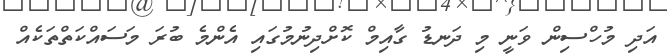
އަދި މުހްސިން ވަނީ މި ދަނޑު ގާއިމް ކޮށްދިނުމުގައި އެންމެ ބުރަ މަސައްކަތްތަކެއް